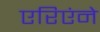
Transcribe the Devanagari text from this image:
एरिएंने